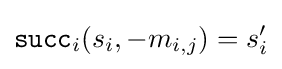
{\mathtt {succ}}_{i}(s_{i},-m_{i,j})=s'_{i}